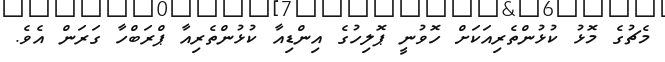
މެޗުގެ މޮޅު ކުޅުންތެރިއަކަށް ހޮވުނީ ޕޮލިހުގެ އިންޑިއާ ކުޅުންތެރިއާ ޕްރަބްހާ ގަރަން އެވެ.